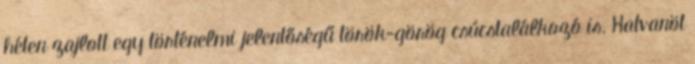
héten zajlott egy történelmi jelentőségű török-görög csúcstalálkozó is. Hatvanöt